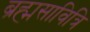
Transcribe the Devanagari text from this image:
ब्रह्मसावित्रि